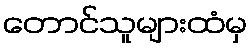
တောင်သူများထံမှ